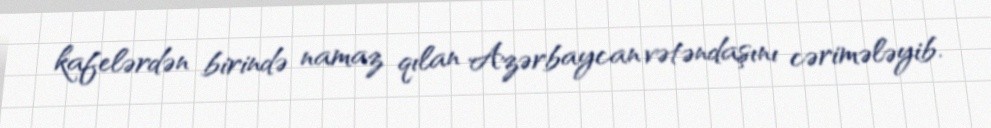
kafelərdən birində namaz qılan Azərbaycan vətəndaşını cərimələyib.